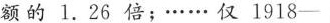
额的1.26倍；……仅1918——